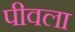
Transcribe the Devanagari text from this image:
पीवला